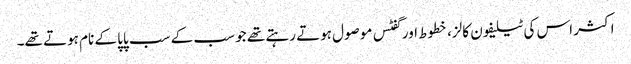
اکثر اس کی ٹیلیفون کالز، خطوط اور گفٹس موصول ہوتے رہتے تھے جو سب کے سب پاپا کے نام ہوتے تھے۔